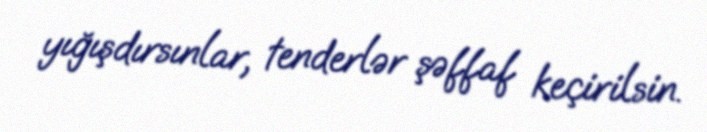
yığışdırsınlar, tenderlər şəffaf keçirilsin.